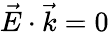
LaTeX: \vec{E}\cdot\vec{k}=0